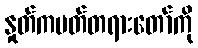
နှုတ်ကပတ်တရားတော်ကို